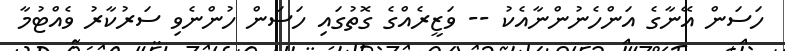
ހަސަން އޭނާގެ އަންހެނުންނާއެކު -- ވަޒީރެއްގެ ގޮތުގައި ހަސަން ހުންނެވި ސަރުކާރު ވެއްޓުމާ